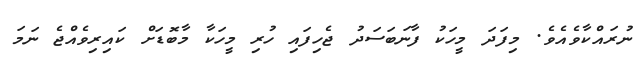
ނުރައްކާވެއެވެ. މިފަދަ މީހަކު ފާނަބަސަދު ޖެހިފައި ހުރި މީހަކާ މާބޮޑަށް ކައިރިވެއްޖެ ނަމަ